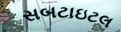
સબટાઇટલ